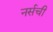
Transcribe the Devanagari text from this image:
नर्सची